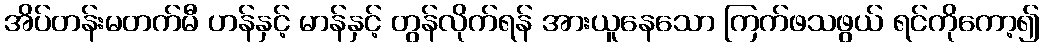
အိပ်တန်းမတက်မီ ဟန်နှင့် မာန်နှင့် တွန်လိုက်ရန် အားယူနေသော ကြက်ဖသဖွယ် ရင်ကိုကော့၍